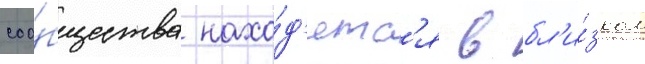
соо́бщества нахо́д'ятс'я в бл'и́зком